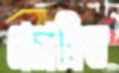
প্রচারিত